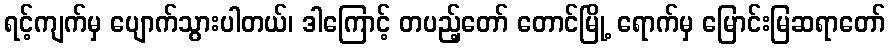
ရင့်ကျက်မှ ပျောက်သွားပါတယ်၊ ဒါကြောင့် တပည့်တော် တောင်မြို့ ရောက်မှ မြောင်းမြဆရာတော်